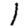
Digit: 1